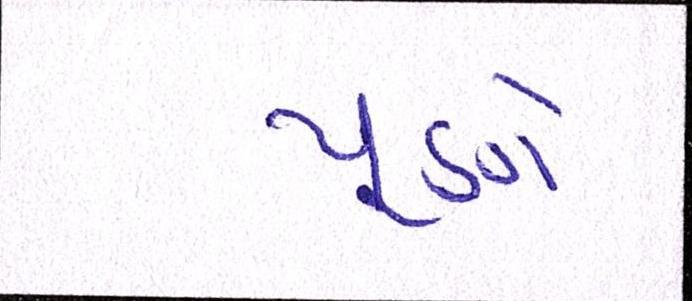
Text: પૂણે